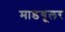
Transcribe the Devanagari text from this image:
माडयूलर